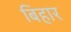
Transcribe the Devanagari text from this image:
बिहार